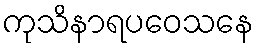
ကုသိနာရပဝေသနေ